Report of an investigation of the epidemic of malarial fever in Assam, or, kala-azar
Disease focus: Malaria
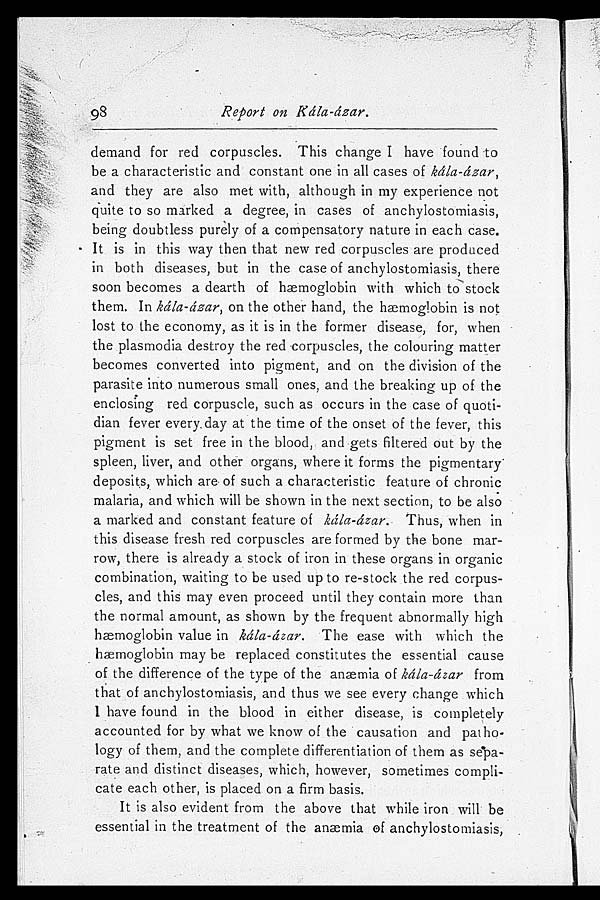
9 8
Report on Kála-ázar.
demand for red corpuscles. This change I have found to
be a characteristic and constant one in all cases of kála-ázar,
and they are also met with, although in my experience not
quite to so marked a degree, in cases of anchylostomiasis,
being doubtless purely of a compensatory nature in each case.
It is in this way then that new red corpuscles are produced
in both diseases, but in the case of anchylostomiasis, there
soon becomes a dearth of hæmoglobin with which to stock
them. In kála-ázar, on the other hand, the hæmoglobin is not
lost to the economy, as it is in the former disease, for, when
the plasmodia destroy the red corpuscles, the colouring matter
becomes converted into pigment, and on the division of the
parasite into numerous small ones, and the breaking up of the
enclosing red corpuscle, such as occurs in the case of quoti
-dian fever every day at the time of the onset of the fever, this
pigment is set free in the blood, and gets filtered out by the
spleen, liver, and other organs, where it forms the pigmentary
deposits, which are of such a characteristic feature of chronic
malaria, and which will be shown in the next section, to be also
a marked and constant feature of kála-ázar. Thus, when in
this disease fresh red corpuscles are formed by the bone mar
-row, there is already a stock of iron in these organs in organic
combination, waiting to be used up to re-stock the red corpus
-cles, and this may even proceed until they contain more than
the normal amount, as shown by the frequent abnormally high
hæmoglobin value in kála-ázar. The ease with which the
hæmoglobin may be replaced constitutes the essential cause
of the difference of the type of the anæmia of kála-ázar from
that of anchylostomiasis, and thus we see every change which
I have found in the blood in either disease, is completely
accounted for by what we know of the causation and patho
-logy of them, and the complete differentiation of them as sepa
-rate and distinct diseases, which, however, sometimes compli
-cate each other, is placed on a firm basis.
It is also evident from the above that while iron will be
essential in the treatment of the anæmia of anchylostomiasis,